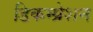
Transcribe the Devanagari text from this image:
डिकम्प्रेशन